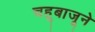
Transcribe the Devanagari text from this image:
चहूबाजूने